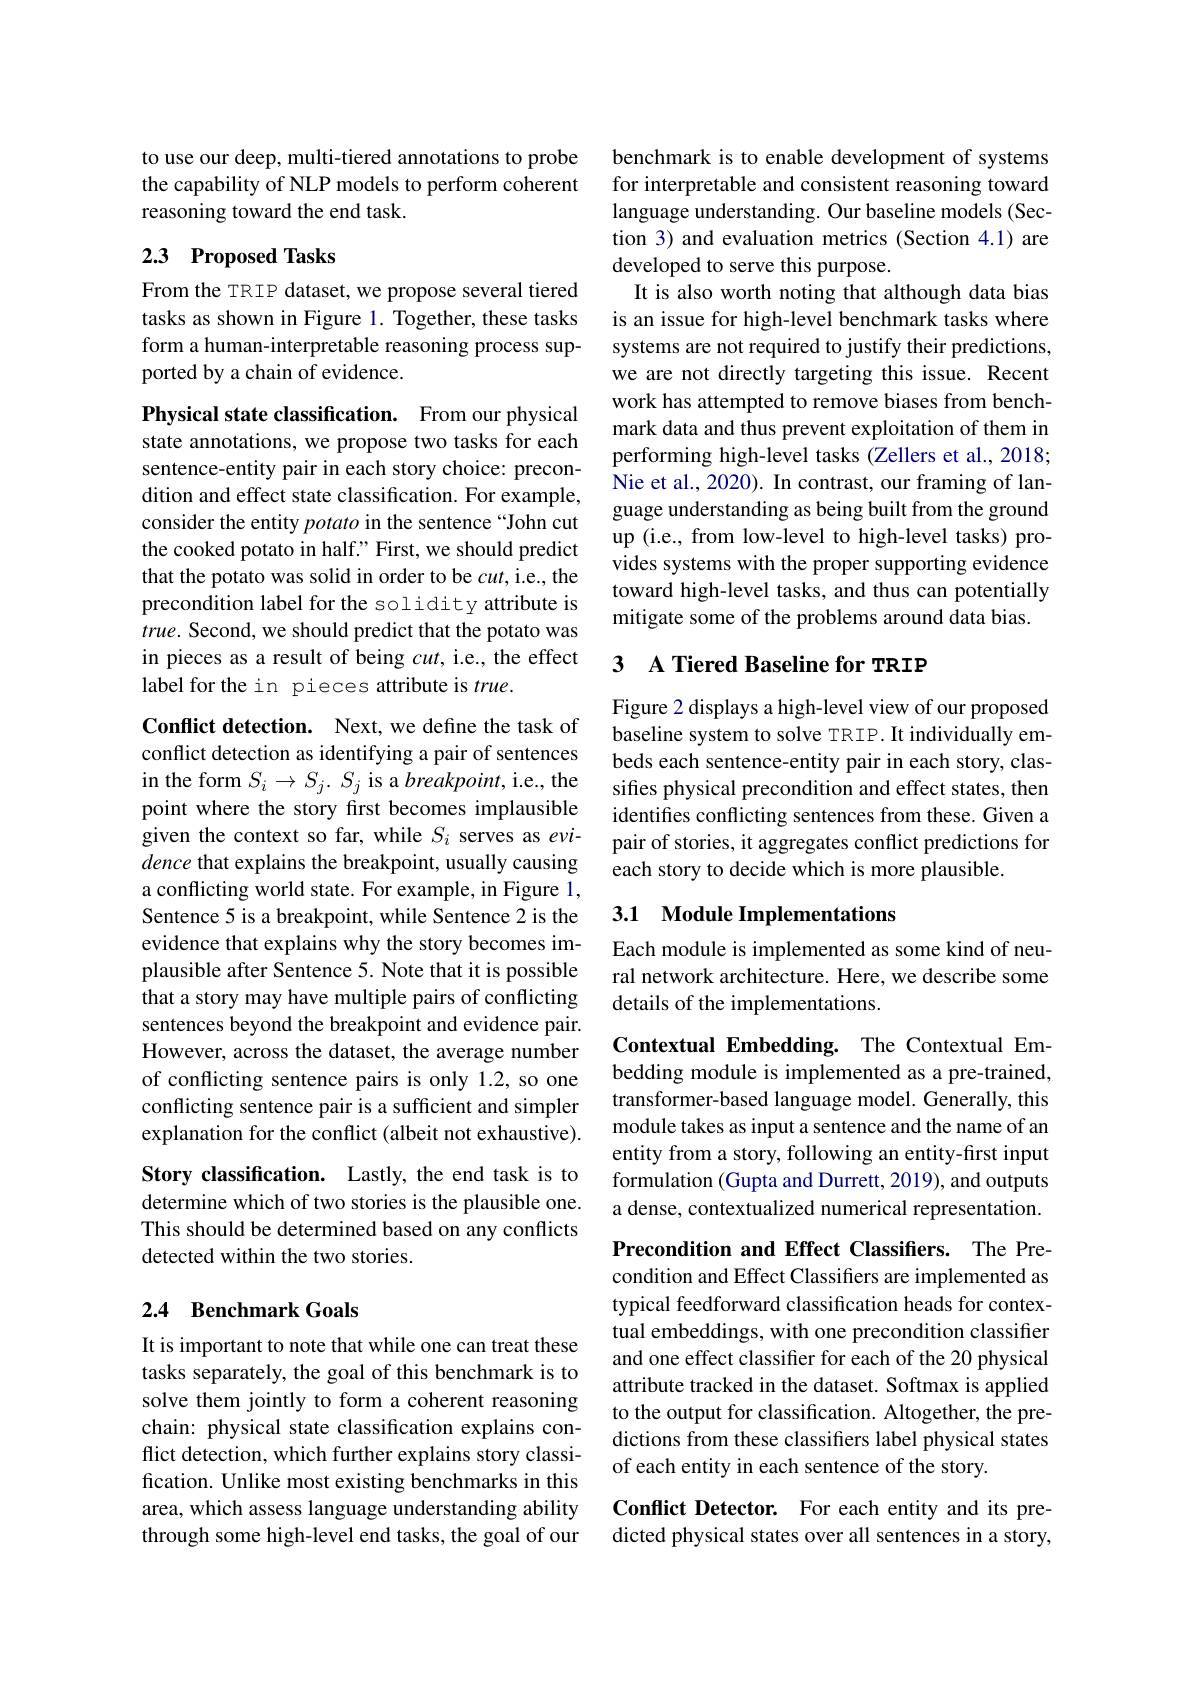
to use our deep, multi-tiered annotations to probe the capability of NLP models to perform coherent reasoning toward the end task.

## 2.3 Proposed Tasks

From the TRIP dataset, we propose several tiered tasks as shown in Figure 1. Together, these tasks form a human-interpretable reasoning process supported by a chain of evidence.

Physical state classification. From our physical state annotations, we propose two tasks for each sentence-entity pair in each story choice: precondition and effect state classification. For example, consider the entity potato in the sentence “John cut the cooked potato in half." First, we should predict that the potato was solid in order to be $cut$,i.e., the precondition label for the solidity attribute is $true.$ Second, we should predict that the potato was in pieces as a result of being $cut$, i.e., the effect label for the in pieces attribute is $true.$

Conflict detection. Next, we define the task of conflict detection as identifying a pair of sentences in the form $S_i\to S_j.$ $S_j$ is a $breakpoint$, i.e., the point where the story first becomes implausible given the context so far, while $S_i$ serves as evidence that explains the breakpoint, usually causing a conflicting world state. For example, in Figure 1, Sentence 5 is a breakpoint, while Sentence 2 is the evidence that explains why the story becomes implausible after Sentence 5. Note that it is possible that a story may have multiple pairs of conflicting sentences beyond the breakpoint and evidence pair. However, across the dataset, the average number of conflicting sentence pairs is only 1.2, so one conflicting sentence pair is a sufficient and simpler explanation for the conflict (albeit not exhaustive). Story classification. Lastly, the end task is to determine which of two stories is the plausible one. This should be determined based on any conflicts detected within the two stories.

## 2.4 Benchmark Goals

It is important to note that while one can treat these tasks separately, the goal of this benchmark is to solve them jointly to form a coherent reasoning chain: physical state classification explains conflict detection, which further explains story classification. Unlike most existing benchmarks in this area, which assess language understanding ability through some high-level end tasks, the goal of our

benchmark is to enable development of systems for interpretable and consistent reasoning toward language understanding. Our baseline models (Section 3) and evaluation metrics (Section 4.1) are developed to serve this purpose.
It is also worth noting that although data bias is an issue for high-level benchmark tasks where systems are not required to justify their predictions, we are not directly targeting this issue. Recent work has attempted to remove biases from benchmark data and thus prevent exploitation of them in performing high-level tasks (Zellers et al., 2018; Nie et al., 2020). In contrast, our framing of language understanding as being built from the ground up (i.e., from low-level to high-level tasks) provides systems with the proper supporting evidence toward high-level tasks, and thus can potentially mitigate some of the problems around data bias.

## 3 A Tiered Baseline for TRIP

Figure 2 displays a high-level view of our proposed baseline system to solve TRIP. It individually embeds each sentence-entity pair in each story, classifies physical precondition and effect states, then identifies conflicting sentences from these. Given a pair of stories, it aggregates conflict predictions for each story to decide which is more plausible.

## 3.1 Module Implementations

Each module is implemented as some kind of neural network architecture. Here, we describe some details of the implementations.

Contextual Embedding. The Contextual Embedding module is implemented as a pre-trained, transformer-based language model. Generally, this module takes as input a sentence and the name of an entity from a story, following an entity-first input formulation (Gupta and Durrett, 2019), and outputs a dense, contextualized numerical representation.

Precondition and Effect Classifiers. The Precondition and Effect Classifiers are implemented as typical feedforward classification heads for contextual embeddings, with one precondition classifier and one effect classifier for each of the 20 physical attribute tracked in the dataset. Softmax is applied to the output for classification. Altogether, the predictions from these classifiers label physical states of each entity in each sentence of the story.

Conflict Detector. For each entity and its predicted physical states over all sentences in a story,